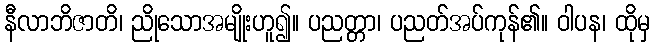
နီလာဘိဇာတိ၊ ညိုသောအမျိုးဟူ၍။ ပညတ္တာ၊ ပညတ်အပ်ကုန်၏။ ဝါပန၊ ထိုမှ